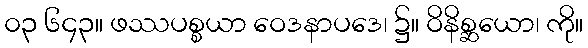
၀၃ ၆၄၃။ ဖဿပစ္စယာ ဝေဒနာပဒေ၊ ၌။ ဝိနိစ္ဆယော၊ ကို။